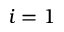
i = 1